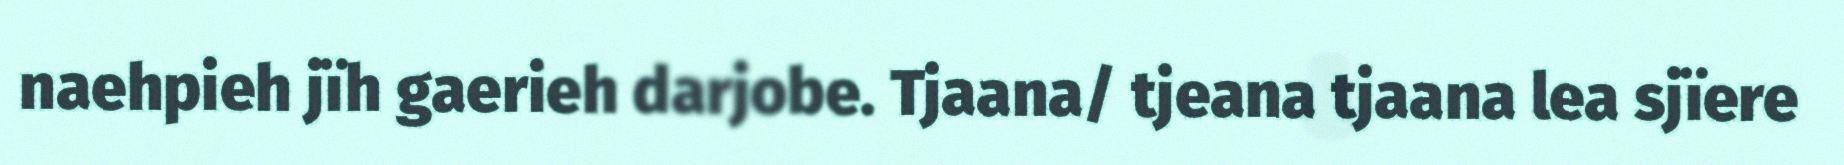
naehpieh jïh gaerieh darjobe. Tjaana/ tjeana tjaana lea sjïere